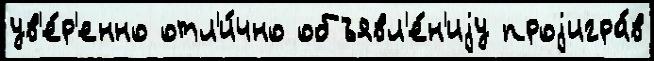
ув'е́р'енно отл'и́чно объявл'е́н'иjу проjигра́в